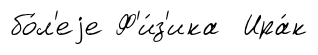
бо́л'еjе Ф'и́з'ика Ира́к